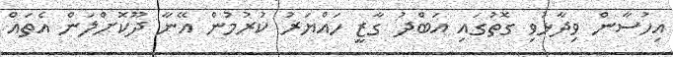
އިހުސާން ވިދާޅުވި ގޮތުގައި އަބްދު ގާޒީ ހައްޔަރު ކުރުމުން އޭނާ ދޫކޮށްލަން އެތައް